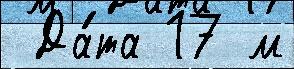
 Да́та 17 м